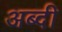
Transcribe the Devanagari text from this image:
अब्दी